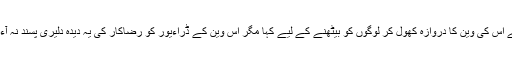
رضاکار نے ایک ڈراءیور سے مختصر بات کر کے اس کی وین کا دروازہ کھول کر لوگوں کو بیٹھنے کے لیے کہا مگر اس وین کے ڈراءیور کو رضاکار کی یہ دیدہ دلیری پسند نہ آءی اور اس نے غصے سے وین کا دراوازہ بند کرلیا۔